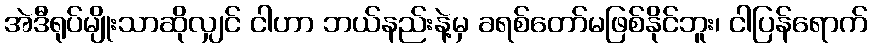
အဲဒီရုပ်မျိုးသာဆိုလျှင် ငါဟာ ဘယ်နည်းနဲ့မှ ခရစ်တော်မဖြစ်နိုင်ဘူး၊ ငါပြန်ရောက်